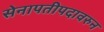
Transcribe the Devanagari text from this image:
सेनापतीपदावरुन